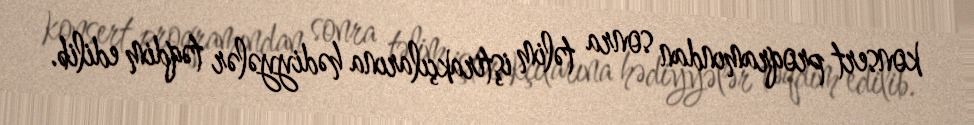
konsert proqramından sonra təlim iştirakçılarına hədiyyələr təqdim edilib.